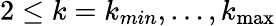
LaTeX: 2\leq k=k_{min},\ldots,k_{\operatorname*{max}}